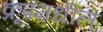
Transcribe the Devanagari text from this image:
क्रूपमधील